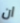
ان